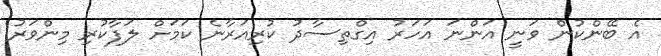
އެ ބޭންކުން ވަނީ އަންނަ އަހަރު އިގްތިސާދު ކުރިއަރާނެ ކަމަށް ލަފާކުރި މިންވަރު